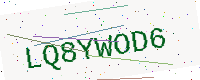
Text: LQ8YWOD6